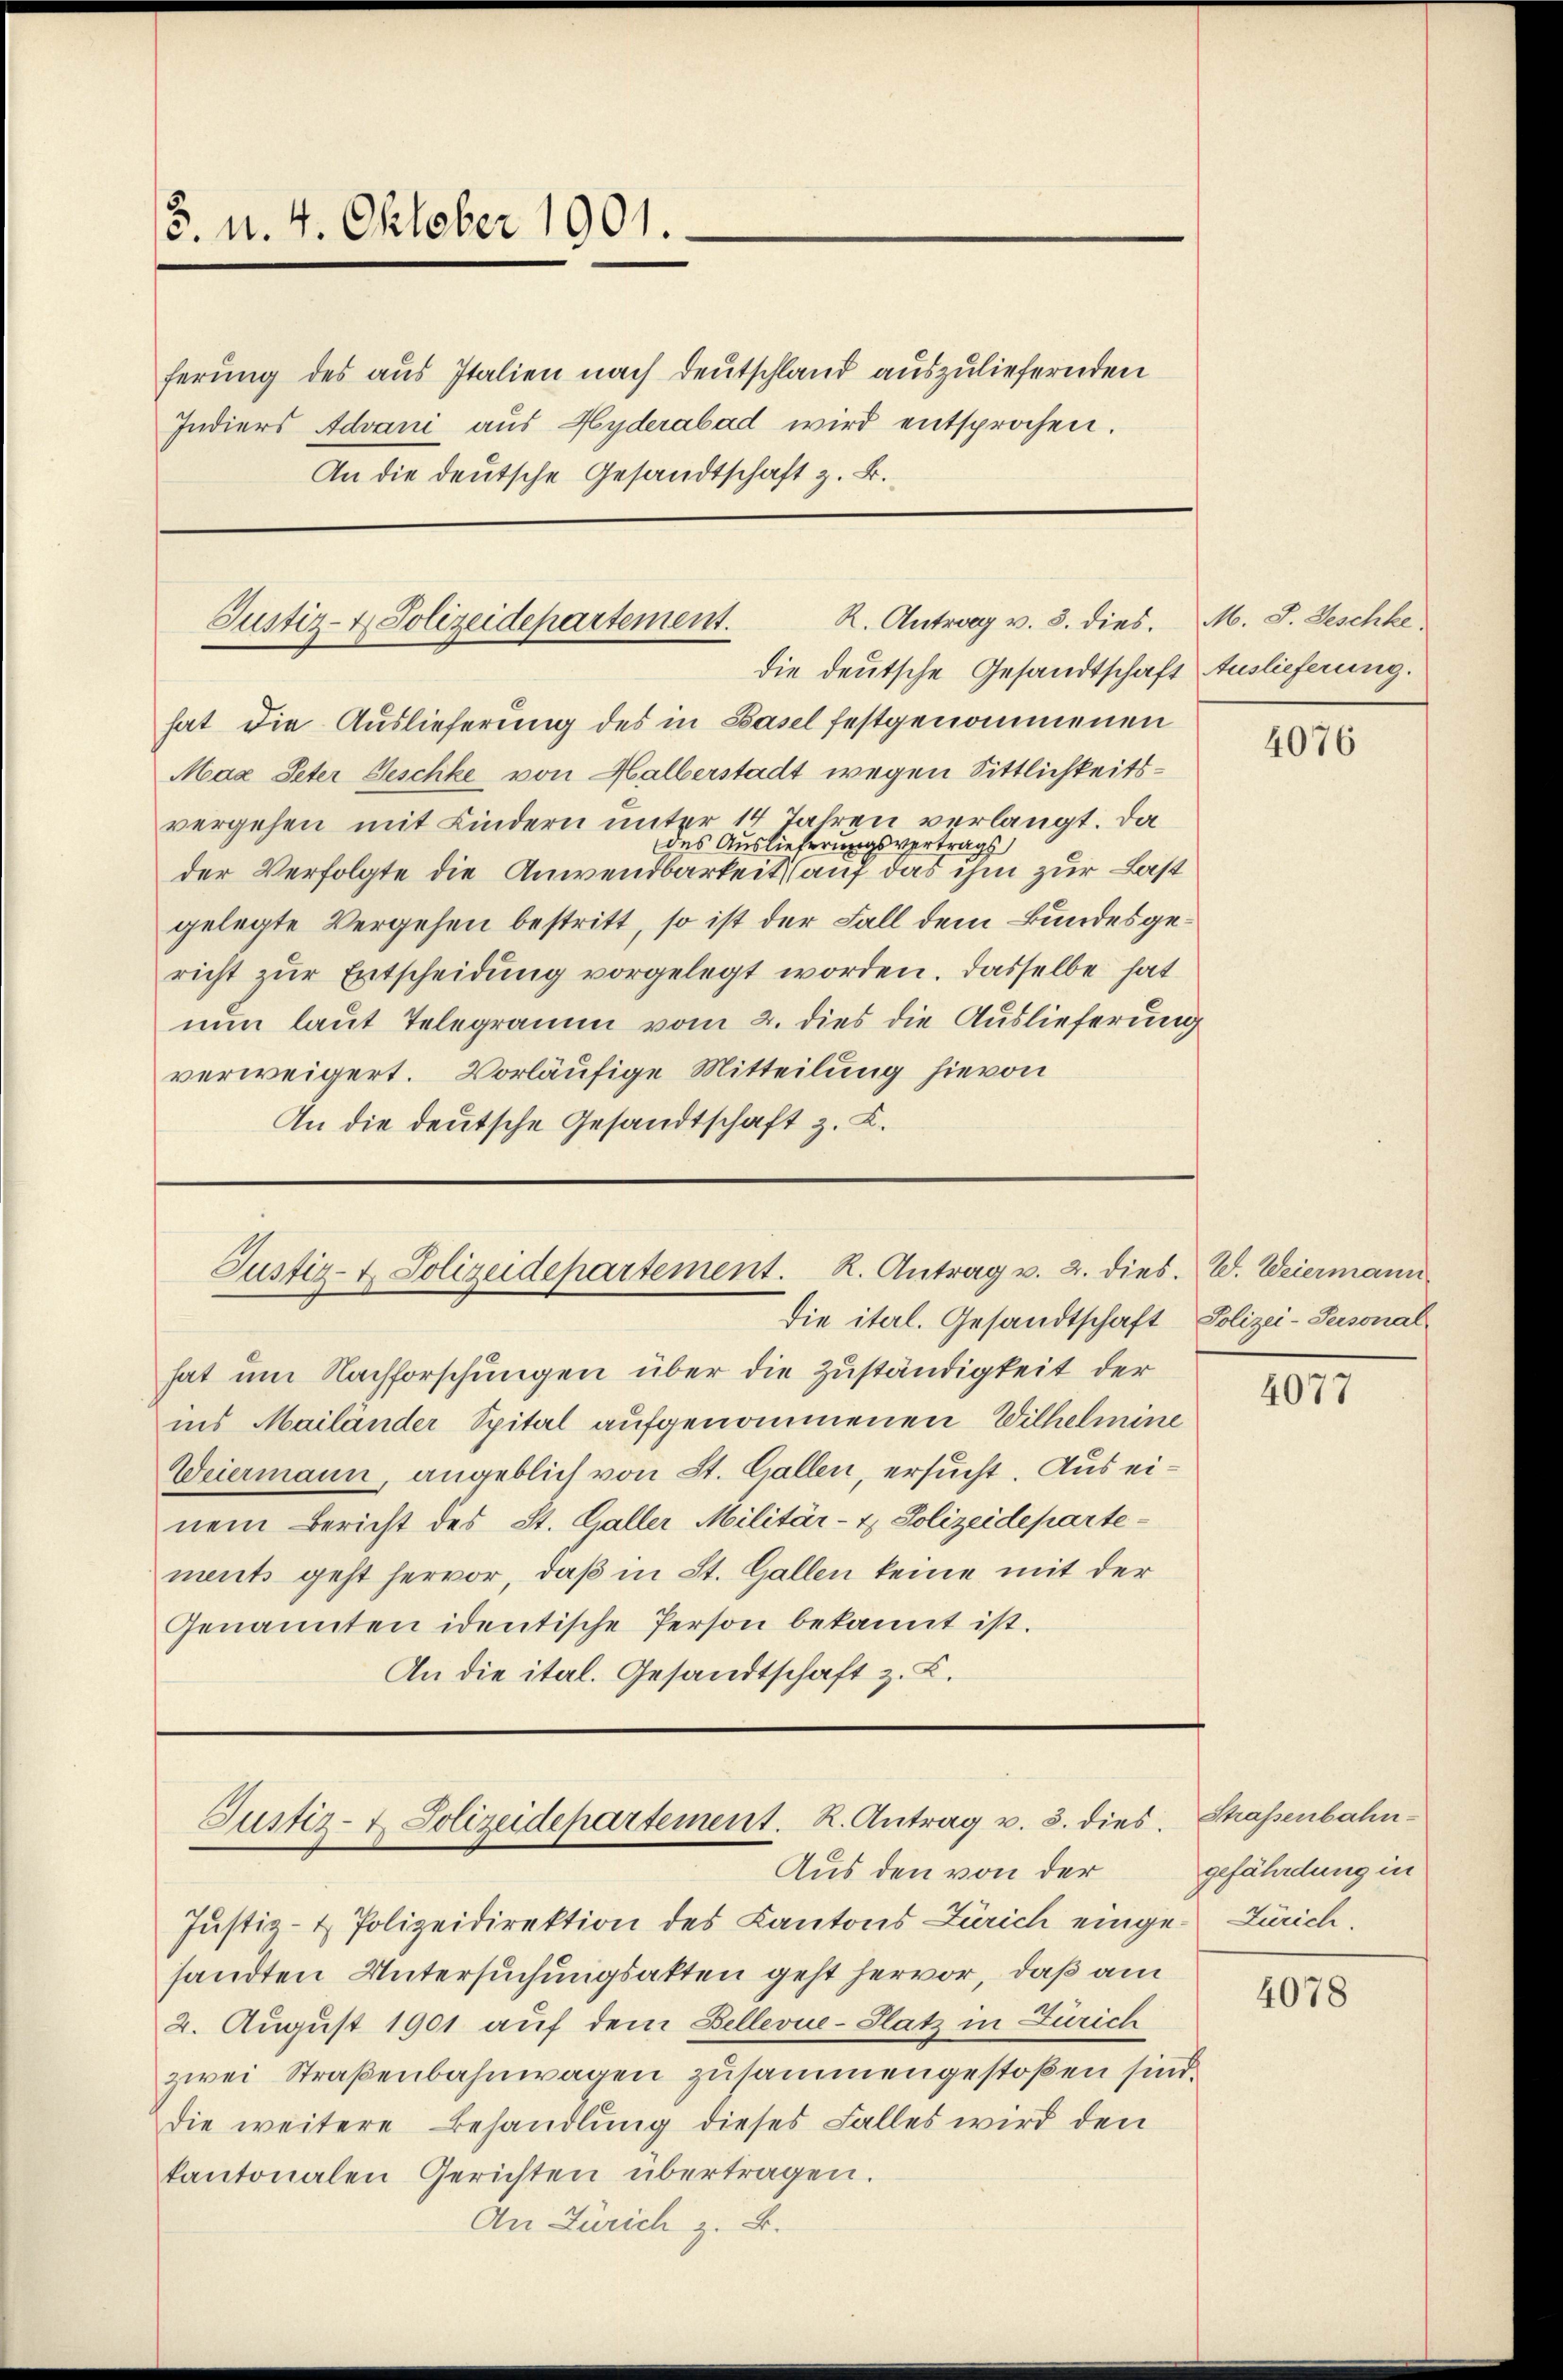
5. d. 4. Oktober 1901.
ferung des aus Italien nach Deutschland auszuliefernden
Indiers Advani aus Hyderabad wird entsprochen.
An die deutsche Gesandtschaft z. B.

R. Antrag v. 8. dies.
Justiz- & Polizeidepartement.
die deutsche Gesandtschaft Auslieferung.

hat die Auslieferung des in Basel festgenommenen
Max Peter Geschke von Halberstadt wegen Sittlichkeitsvergehen mit Kindern unter 14 Jahren verlangt. Da
des Auslieferungsvertrags
der Verfolgte die Anwendbarkeit auf das ihm zur Last
gelegte Vergehen bestritt, so ist der Fall dem Bundesgericht zŭr Entscheidung vorgelegt worden. Dasselbe hat
nun laut Telegramm vom 2. dies die Auslieferung
verweigert. Vorläufige Mitteilung hievon
An die deutsche Gesandtschaft z. K.

Justiz- & Polizeidepartement. R. Antrag u. 2. dies.
die iterl. Gesandtschaft

Justiz- & Polizeidepartement. R. Antrag u. 3. dies
Aus den von der

M. J. Geschhe

hat um Nachforschungen über die Zuständigkeit der
ins Mailänder Spital aufgenommenen Wilhelmine
Weiermann, angeblich von St. Gallen, ersucht. Aus einem Bericht des St. Galler Militär- & Polizeidepartements geht hervor, daß in St. Gallen keine mit der
Genannten identische Person bekannt ist.
An die ital. Gesandtschaft z. K.

Justiz- & Polizeidirektion des Kantons Zürich einge-Zürich.
sandten Untersuchungsakten geht hervor, daß am
2. August 1901 auf dem Bellerne-Platz in Zürich
zwei Straßenbahnwagen zusammengestoßen sind.
die weitere Behandlung dieses Falles wird den
kantonalen Gerichten übertragen.
An Zürich z. B.

4076

W. Weiermann
Polizei-Personal

4077

Strassenbahn-
gefährdung in

4078